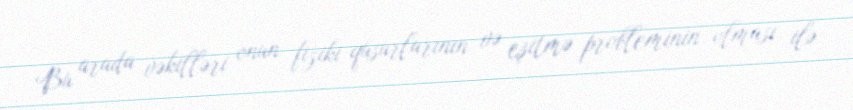
Bu arada vəkilləri onun fiziki qüsurlarının və eşitmə probleminin olması ilə